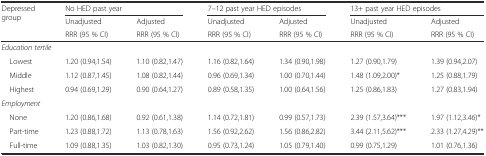
<table><thead><tr><td rowspan="3"><b>Depressed group</b></td><td colspan="2"><b>No HED past year</b></td><td colspan="2"><b>7–12 past year HED episodes</b></td><td colspan="2"><b>13+ past year HED episodes</b></td></tr><tr><td><b>Unadjusted</b></td><td><b>Adjusted</b></td><td><b>Unadjusted</b></td><td><b>Adjusted</b></td><td><b>Unadjusted</b></td><td><b>Adjusted</b></td></tr><tr><td><b>RRR (95 % CI)</b></td><td><b>RRR (95 % CI)</b></td><td><b>RRR (95 % CI)</b></td><td><b>RRR (95 % CI)</b></td><td><b>RRR (95 % CI)</b></td><td><b>RRR (95 % CI)</b></td></tr></thead><tbody><tr><td colspan="2"><i>Education tertile</i></td><td></td><td></td><td></td><td colspan="2"></td></tr><tr><td> Lowest</td><td>1.20 (0.94,1.54)</td><td>1.10 (0.82,1.47)</td><td>1.16 (0.82,1.64)</td><td>1.34 (0.90,1.98)</td><td>1.27 (0.90,1.79)</td><td>1.39 (0.94,2.07)</td></tr><tr><td> Middle</td><td>1.12 (0.87,1.45)</td><td>1.08 (0.82,1.44)</td><td>0.96 (0.69,1.34)</td><td>1.00 (0.70,1.44)</td><td>1.48 (1.09,2.00)*</td><td>1.25 (0.88,1.79)</td></tr><tr><td> Highest</td><td>0.94 (0.69,1.29)</td><td>0.90 (0.64,1.27)</td><td>0.89 (0.58,1.35)</td><td>1.00 (0.64,1.56)</td><td>1.25 (0.86,1.83)</td><td>1.27 (0.83,1.94)</td></tr><tr><td><i>Employment</i></td><td></td><td></td><td></td><td></td><td></td><td></td></tr><tr><td> None</td><td>1.20 (0.86,1.68)</td><td>0.92 (0.61,1.38)</td><td>1.14 (0.72,1.81)</td><td>0.99 (0.57,1.73)</td><td>2.39 (1.57,3.64)***</td><td>1.97 (1.12,3.46)*</td></tr><tr><td> Part-time</td><td>1.23 (0.88,1.72)</td><td>1.13 (0.78,1.63)</td><td>1.56 (0.92,2.62)</td><td>1.56 (0.86,2.82)</td><td>3.44 (2.11,5.62)***</td><td>2.33 (1.27,4.29)**</td></tr><tr><td> Full-time</td><td>1.09 (0.88,1.35)</td><td>1.03 (0.82,1.30)</td><td>0.95 (0.73,1.24)</td><td>1.05 (0.79,1.40)</td><td>0.99 (0.75,1.29)</td><td>1.01 (0.76,1.36)</td></tr></tbody></table>